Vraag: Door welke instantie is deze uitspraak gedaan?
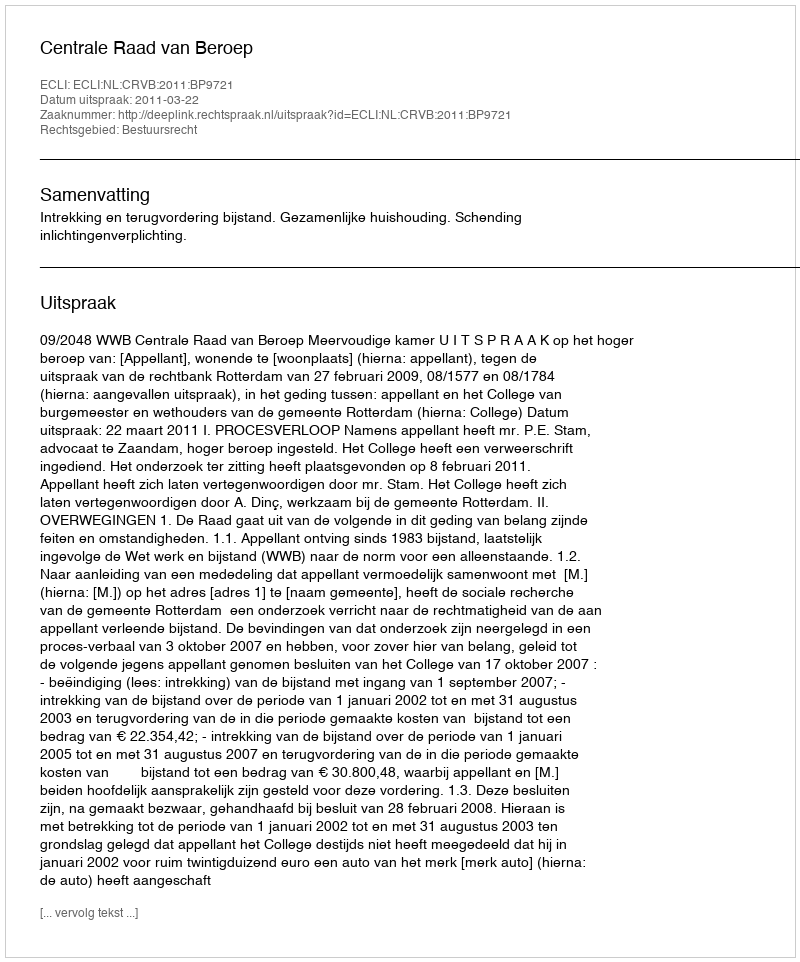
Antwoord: Centrale Raad van Beroep